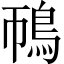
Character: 鳾